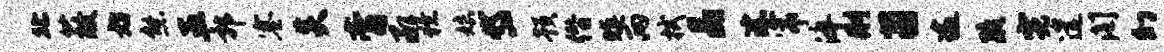
北蔽妨熊五郭塞炎膏承獠娘岱预僭暝两拭晶淙帘淬删茵逾疏霓遣阁幻